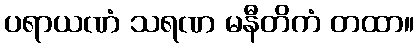
ပရာယဏံ သရဏ မနီတိကံ တထာ။